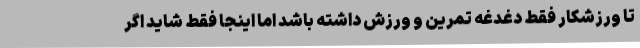
تا ورزشکار فقط دغدغه تمرین و ورزش داشته باشد اما اینجا فقط شاید اگر